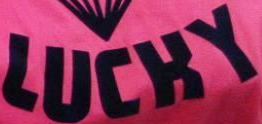
LUCKY